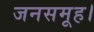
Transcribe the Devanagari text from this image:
जनसमूह।